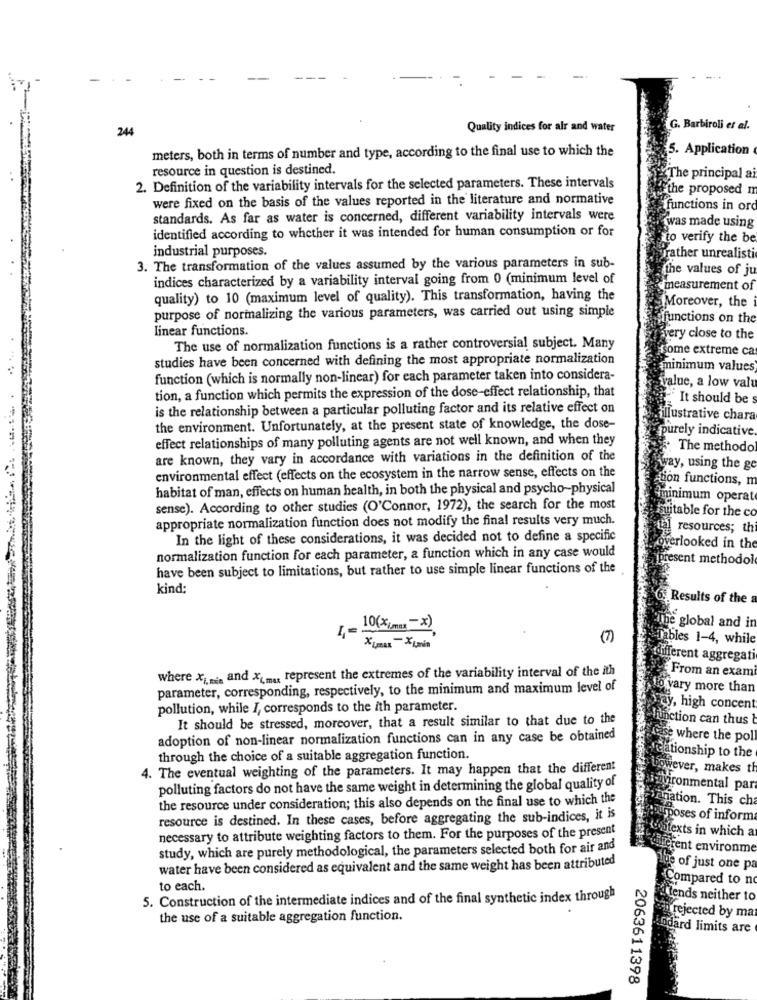
244
Quality indices for air and water
G. Barbiroli et al.
meters, both in terms of number and type, according to the final use to which the
5. Application
resource in question is destined.
The principal a
2. Definition of the variability intervals for the selected parameters. These intervals
the proposed m
were fixed on the basis of the values reported in the literature and normative
functions in ord
standards. As far as water is concerned, different variability intervals were
was made using
identified according to whether it was intended for human consumption or for
to verify the be
industrial purposes.
rather unrealisti
3. The transformation of the values assumed by the various parameters in sub-
the values of ju
indices characterized by a variability interval going from 0 (minimum level of
measurement of
quality) to 10 (maximum level of quality). This transformation, having the
Moreover, the
purpose of normalizing the various parameters, was carried out using simple
functions on the
linear functions.
very close to the
The use of normalization functions is a rather controversial subject. Many
some extreme ca
studies have been concerned with defining the most appropriate normalization
minimum values
function (which is normally non-linear) for each parameter taken into considera-
tion, a function which permits the expression of the dose-effect relationship, that
value, a low valt
"It should be
is the relationship between a particular polluting factor and its relative effect on
illustrative chara
the environment. Unfortunately, at the present state of knowledge, the dose-
purely indicative
effect relationships of many polluting agents are not well known, and when they
. The methodo
are known, they vary in accordance with variations in the definition of the
way, using the go
environmental effect (effects on the ecosystem in the narrow sense, effects on the
tion functions, m
habitat of man, effects on human health, in both the physical and psycho-physical
minimum operat
sense). According to other studies (O'Connor, 1972), the search for the most
suitable for the co
appropriate normalization function does not modify the final results very much.
resources; th
In the light of these considerations, it was decided not to define a specific
normalization function for each parameter, a function which in any case would
werlooked in the
present methodol
have been subject to limitations, but rather to use simple linear functions of the
kind;
Results of the a
The global and in
10(%[mm]=X)
Tables 1-4, while
XLmax - XLmin
ifferent aggregati
where Xi. mi. and X(,ma, represent the extremes of the variability interval of the ith
From an exam
parameter, corresponding, respectively, to the minimum and maximum level of
to vary more than
pollution, while I, corresponds to the ith parameter.
y, high concent
It should be stressed, moreover, that a result similar to that due to the
unction can thus b
adoption of non-linear normalization functions can in any case be obtained
Case where the poll
through the choice of a suitable aggregation function.
ationship to the
4. The eventual weighting of the parameters. It may happen that the different
fever, makes th
polluting factors do not have the same weight in determining the global quality of
vironmental par
the resource under consideration; this also depends on the final use to which the
ation. This ch
resource is destined. In these cases, before aggregating the sub-indices, it is
poses of informa
otexts in which a
necessary to attribute weighting factors to them. For the purposes of the present
study, which are purely methodological, the parameters selected both for air and
rent environme
water have been considered as equivalent and the same weight has been attributed
of just one pa
Compared to no
to each.
5. Construction of the intermediate indices and of the final synthetic index through
tends neither to
the use of a suitable aggregation function.
rejected by ma
dard limits are
2063611398